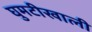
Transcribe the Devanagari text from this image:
घुमटीखाली